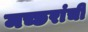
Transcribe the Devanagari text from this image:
मच्छरांची